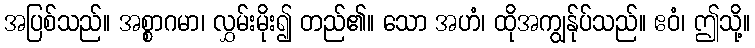
အပြစ်သည်။ အစ္စာဂမာ၊ လွှမ်းမိုး၍ တည်၏။ သော အဟံ၊ ထိုအကျွန်ုပ်သည်။ ဧဝံ၊ ဤသို့။